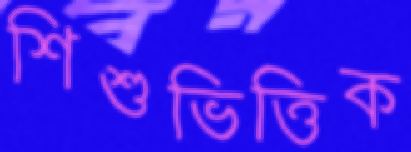
শিশুভিত্তিক